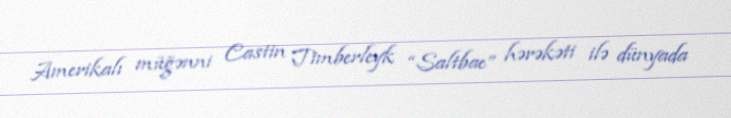
Amerikalı müğənni Castin Timberleyk “Saltbae” hərəkəti ilə dünyada